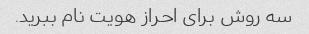
سه روش برای احراز هویت نام ببرید.